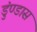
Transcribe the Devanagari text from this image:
डुंण्डास